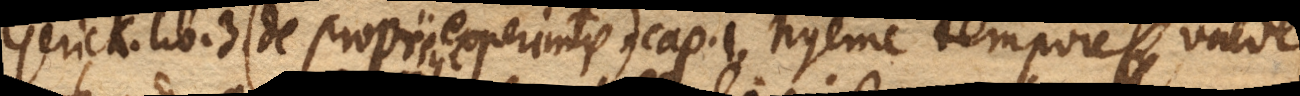
Gerick. lib. 3 (+ de propriis experimentis +) cap. 1. hyeme tempore valde